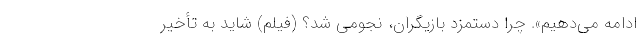
ادامه می‌دهیم». چرا دستمزدِ بازیگران، نجومی شد؟ (فیلم) شاید به تأخیر